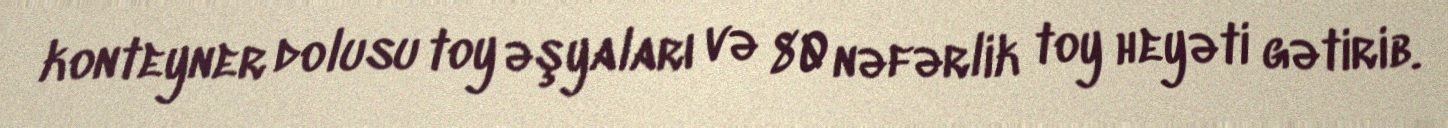
konteyner dolusu toy əşyaları və 80 nəfərlik toy heyəti gətirib.